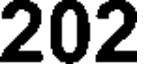
202